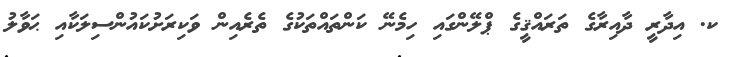
ކ. އިދާރީ ދާއިރާގެ ތަރައްޤީގެ ޕްލޭންގައި ހިމެނޭ ކަންތައްތަކުގެ ތެރެއިން ވަކިރަށުކައުންސިލަކާއި ޙަވާލު